画像に写った文字を読んでください
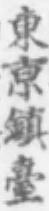
「東京鎮臺」と書いてあります